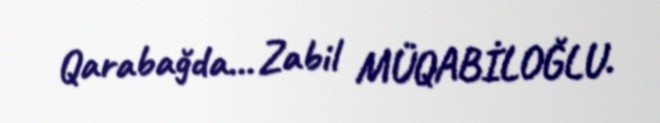
Qarabağda... Zabil MÜQABİLOĞLU.